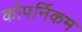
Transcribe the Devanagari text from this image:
कोपर्निकम